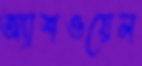
অ্যাশওয়েল